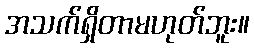
အသက်ရှိတာမဟုတ်ဘူး။